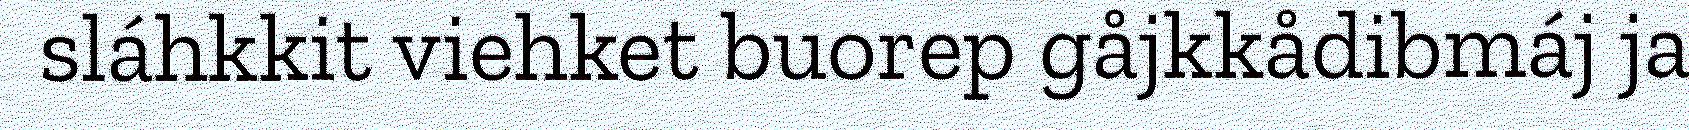
sláhkkit viehket buorep gåjkkådibmáj ja